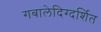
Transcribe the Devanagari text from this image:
गबालेदिग्दर्शित